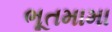
ભૂતમામા